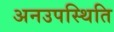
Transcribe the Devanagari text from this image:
अनउपस्थिति